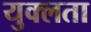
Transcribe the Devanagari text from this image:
युक्लता